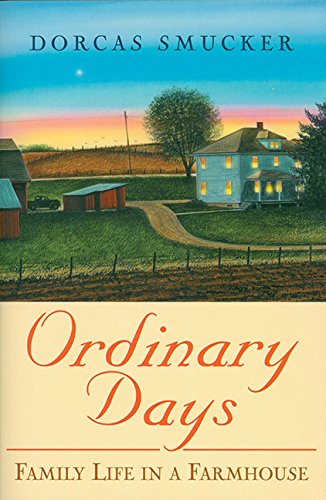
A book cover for Ordindary Days: Family Life In A Farmhouse; Dorcas Smucker; Humor & Entertainment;